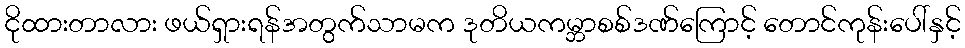
ငိုထားတာလား ဖယ်ရှားရန်အတွက်သာမက ဒုတိယကမ္ဘာစစ်ဒဏ်ကြောင့် တောင်ကုန်းပေါ်နှင့်